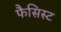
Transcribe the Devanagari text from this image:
फैसिस्ट